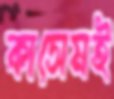
কাসেমই